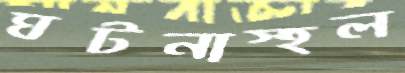
ঘটনাস্হল